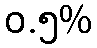
ဝ.၅%